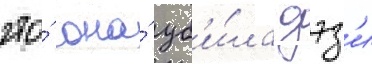
что́ она́ уб'и́ла дэз'и